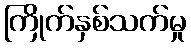
ကြိုက်နှစ်သက်မှု